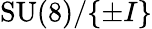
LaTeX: \mathrm{SU}(8)/\{ \pm I\}